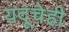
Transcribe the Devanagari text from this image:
यदूचेही